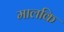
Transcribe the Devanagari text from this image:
मालकि